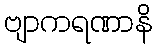
ဗျာကရဏာနိ